[Report on the health of British troops in the Madras command]
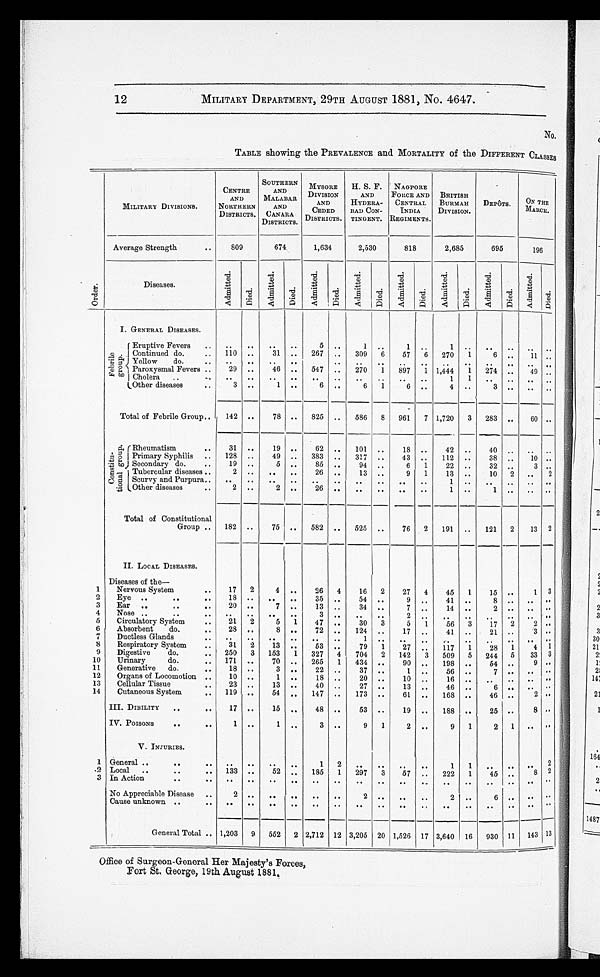
12
MILITARY DEPARTMENT, 29TH AUGUST 1881, No. 4647,
No.
TABLE showing the PREVALENCE and MORTALITY of the DIFFERENT CLASSES
Office of Surgeon-General Her Majesty's Forces,
Fort St, George, 19th August 1881,
CENTRE
AND
SOUTHERN
AND
MALABAR
,,,
luYSORE
DIVISION
AND
H. S. F.
AND
HYDERA-
NAGPORE
FORCE AND
CENTRAL
BRITISH
BURMAH
DEPOTS.
ON TI
MILITARY DIVISIONS.
NORTHERN
AND
CEDED
BAD CON-
INDIA
DIVISION.
MARC
DISTRICTS. CANARA DISTRICTS. TINGENT. REGIMENTS.
DISTRICTS.
Average Strength
• .
809
674
1,634
2,530
818
2,685
695
196
-6
-6
-,6
-ci
-6
-ci
-6 C)
-6
Diseases.
0)
.4.,
E
rt.,
...
cl
11
0
rcs
.4
-, . . c4)
A
CD
A
-4
eis ..-n
A
CD
a
•-d
.4
-,:, ..
A
0
E
-d
-4
-ci
,.. Q.)
. A
C,)
E
,c1
-4
.
...-n
A
'4
.
g:1
0
-,4
I. GENERAL DISEASES.
( Eruptive Fevers
..
..
..
• •
• •
5 ..
1..
1
.
0 . I Continued do.
..
110
—
31 ..
267 ..
309
6
57
6
270
1
6 ..
11
7;1 ' '' ' 1 Yellow
do.
..
' , --4 .
"Z F
?, Paroxysmal Fevers ..
••
29
••
..
.•
46
00
..
547
• •
..
• •
••
270
1
• •
897
••
1
.0
1,444
..
1
••
274
••
..
e•
49
•-° Cholera
..
1
1
..
..
.,
t_Other diseases
• .
3 ..
1
..
6 , .
6
1
6 ..
4 ..
3 ••
.•
Total of Febrile Group,.
142 ..
78 ..
825 ..
586
8
961
7 1,720
3
283 ..
60
pi.. r Rheumatism
..
31 ..
19 ..
62 ..
101
..
18 ..
42 ..
40 ••
••
.a g I Primary Syphilis . •
.- 6) Secondary do.
..
128
19
..
..
49
5
..
..
383
85
..
..
317 ..
94 ..
43
6
..
1
112
22
..
..
38
32
, .
..
10
3
' '
‘;' .-, Tubercular diseases ..
2 ..
..
..
26 ..
13 ..
9
1
13
..
10
2
..
6 ri [Scurvy and Purpura.. .. .. .. 0
••
••
••
••
0.0
••
1
..
• .
.•
..
Other diseases
PO
2 ..
2 ..
26 ..
..
..
..
..
1
..
I ..
..
—
—
—
Total of Constitutional
Group ..
182 ..
-
75 . ,
-
582 ..
525 ..
76
2
191 ..
121
2
---
13
II. LOCAL DISEASES.
-
_ -
Diseases of the
Nervous System
• •
17
2
4 ..
26
4
16
2
27
4
45
1
15 ..
1
Eye ..
• •
• •
18 ..
..
..
35 ..
54 ..
9 ..
41
..
Ear • .
..
..
20 ..
7
..
13 ..
34 ..
7 ..
14 ..
Nose ..
••
2. •
..
06
..
•6
6.
Circulatory System
..
21
2
5
1
47 ..
30
3
5
1
56
3
17
2
2
Absorbent
do.
28 ..
8 ••
72 ..
124 ..
17
..
41 ..
21 ..
3
Ductless Glands
.............
1
Respiratory System
..
31
2
13 ..
53 ..
79
1
27 ..
117
1
28
1
4
Digestive
do.
. •
250
3
153
1
327
4
704
2
142
3
509
5
244 5
33
Urinary
do.
„
171 ..
70 ..
265
1
434 ..
90 ..
198 ..
54 ..
9
Generative do.
.•
18
..
3 ..
22 .,
37 ..
1
..
56 ..
Organs of Locomotion ..
10
..
1
..
18 ..
20 ..
10
..
16
..
..
..
..
Cellular Tissue
..
23 . •
13 ..
40 ..
27 ..
13 ..
46
..
6
..
. •
Cutaneous System
• .
119 ..
54 „
147 ..
173 ..
61 ..
168 ..
46 ..
2
III. DIBILITY
. ,
• •
17
..
15
..
48 ..
53 ..
19
..
188 ..
25 ..
8
TV. POISONS
• •
..
V. INJURIES.
1
..
1
, ,
3 ..
9
1
2 ..
9
1
2
1
General —
..
SO
••
lo•
6.9
..
1
2
1
„
.
..
Local ..
.•
00
133 ..
52 ..
185
1
297
3
67 ..
222
1
45 ..
8
In Action
..
• .
PO
et
GP;
••
o •
o •
se
op
••
•o.
eq.
e•
••
e•
••
No Appreciable Disease • .
2 ..
Cause unknown • .
• •
••
..
.•
••
••
—
—
—
—
General Total • • 1,203
9
562
2 2,712 12 3,205 20 1,526 17 3,640 16
930 11 143
1
.2
3
1
2
3
4
5
6
7
9
10
11
12
13
14
2
3
se
ol
OP
01
3
ft
2
2
13
3
2
1
2
14
2
16
148